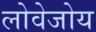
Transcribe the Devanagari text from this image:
लोवेजोय